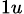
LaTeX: _{1u}